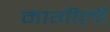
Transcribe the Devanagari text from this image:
मागीली